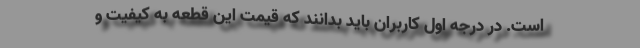
است. در درجه اول کاربران باید بدانند که قیمت این قطعه به کیفیت و